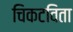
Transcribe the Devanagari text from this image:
चिकटविता